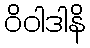
ဝိဝါဒါနိ